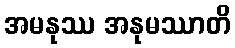
အမနုဿ အနုမဿာတိ